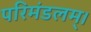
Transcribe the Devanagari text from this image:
परिमंडलम्।